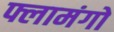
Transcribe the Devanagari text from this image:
फ्लामंगो